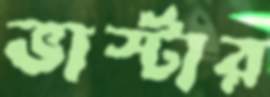
ভার্স্টার